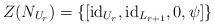
LaTeX: \begin{align*}Z(N_{U_r})=\{[\mathrm{id}_{U_r},\mathrm{id}_{L_{r+1}},0,\psi]\}\end{align*}